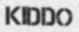
KIDDO